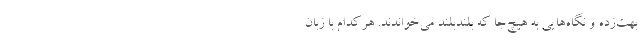
بهت‌زده و نگاه‌هایی به هیچ‌جا که بلندبلند می‌خواندند. هرکدام با زبان